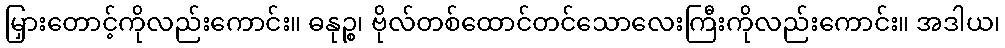
မြှားတောင့်ကိုလည်းကောင်း။ ဓနုဉ္စ၊ ဗိုလ်တစ်ထောင်တင်သောလေးကြီးကိုလည်းကောင်း။ အဒါယ၊